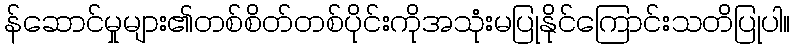
န်ဆောင်မှုများ၏တစ်စိတ်တစ်ပိုင်းကိုအသုံးမပြုနိုင်ကြောင်းသတိပြုပါ။